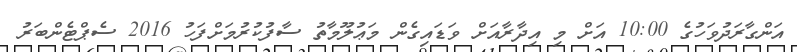
އަންގާރަދުވަހުގެ 10:00 އަށް މި އިދާރާއަށް ވަޑައިގެން މަޢުލޫމާތު ސާފުކުރުމަށްފަހު 2016 ސެޕްޓެންބަރު